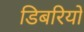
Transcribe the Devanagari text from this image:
डिबरियों